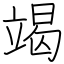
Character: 竭